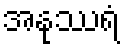
အနုဿရံ